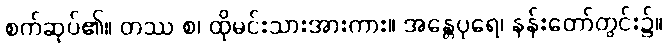
စက်ဆုပ်၏။ တဿ စ၊ ထိုမင်းသားအားကား။ အန္တေပုရေ၊ နန်းတော်တွင်း၌။